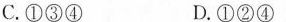
C. ①③④ D. ①②④